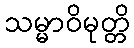
သမ္မာဝိမုတ္တိ